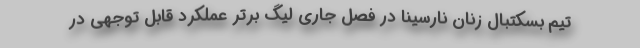
تیم بسکتبال زنان نارسینا در فصل جاری لیگ برتر عملکرد قابل توجهی در